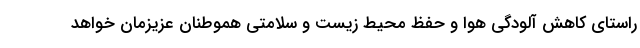
راستای کاهش آلودگی هوا و حفظ محیط زیست و سلامتی هموطنان عزیزمان خواهد